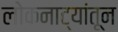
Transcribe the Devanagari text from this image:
लोकनाट्यांतून